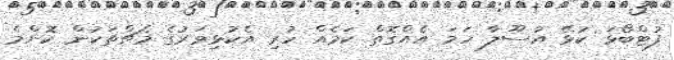
ފުޓްބޯޅަ ކުޅޭ އުސޫލާ ހަމަ އެއްގޮތް ކަމެއް ހުރި އެކުޅިވަރުގެ މެޗްތަކުން ކޮންމެ